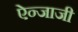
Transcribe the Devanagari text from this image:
ऐन्जाजी